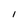
Character: I